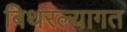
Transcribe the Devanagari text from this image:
बिथरल्यागत